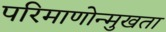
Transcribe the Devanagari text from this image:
परिमाणोन्मुखता